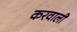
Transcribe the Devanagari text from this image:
करवाली